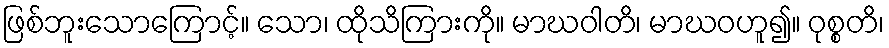
ဖြစ်ဘူးသောကြောင့်။ သော၊ ထိုသိကြားကို။ မာဃဝါတိ၊ မာဃဝဟူ၍။ ဝုစ္စတိ၊